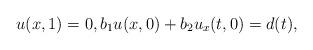
LaTeX: \begin{align*} u(x,1)=0, b_1u(x,0)+b_2u_x(t,0)&=d(t), \end{align*}